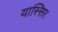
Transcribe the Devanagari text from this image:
यास्सिर